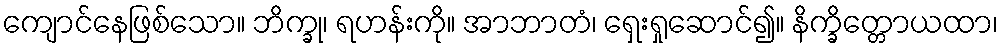
ကျောင်နေဖြစ်သော။ ဘိက္ခု၊ ရဟန်းကို။ အာဘာတံ၊ ရှေးရှုဆောင်၍။ နိက္ခိတ္တောယထာ၊